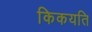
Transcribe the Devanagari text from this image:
किकयति